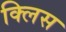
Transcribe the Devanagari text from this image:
क्लिस